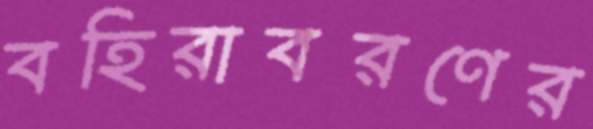
বহিরাবরণের